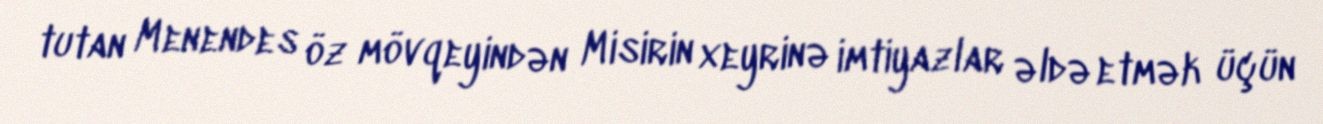
tutan Menendes öz mövqeyindən Misirin xeyrinə imtiyazlar əldə etmək üçün